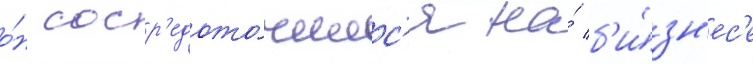
о́н соср'едото́чилс'я на́ б'и́зн'ес'е